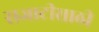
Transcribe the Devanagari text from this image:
सजाटीसाठी